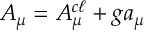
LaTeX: { \cal A } _ { \mu } = { \cal A } _ { \mu } ^ { c \ell } + g a _ { \mu }